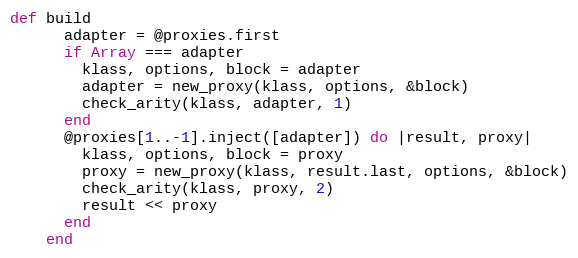
Language: Ruby
def build
      adapter = @proxies.first
      if Array === adapter
        klass, options, block = adapter
        adapter = new_proxy(klass, options, &block)
        check_arity(klass, adapter, 1)
      end
      @proxies[1..-1].inject([adapter]) do |result, proxy|
        klass, options, block = proxy
        proxy = new_proxy(klass, result.last, options, &block)
        check_arity(klass, proxy, 2)
        result << proxy
      end
    end